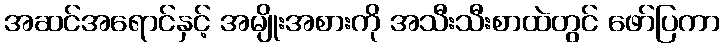
အဆင်အရောင်နှင့် အမျိုးအစားကို အသီးသီးစာထဲတွင် ဖော်ပြကာ